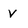
Character: v